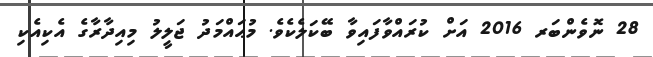
28 ނޮވެންބަރ 2016 އަށް ކުރައްވާފައިވާ ބޭކަލެކެވެ. މުޙައްމަދު ޖަލީލު މިއިދާރާގެ އެކިއެކި